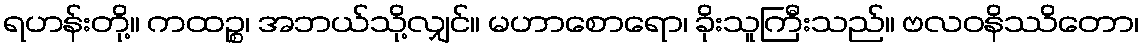
ရဟန်းတို့။ ကထဉ္စ၊ အဘယ်သို့လျှင်။ မဟာစောရော၊ ခိုးသူကြီးသည်။ ဗလဝနိဿိတော၊